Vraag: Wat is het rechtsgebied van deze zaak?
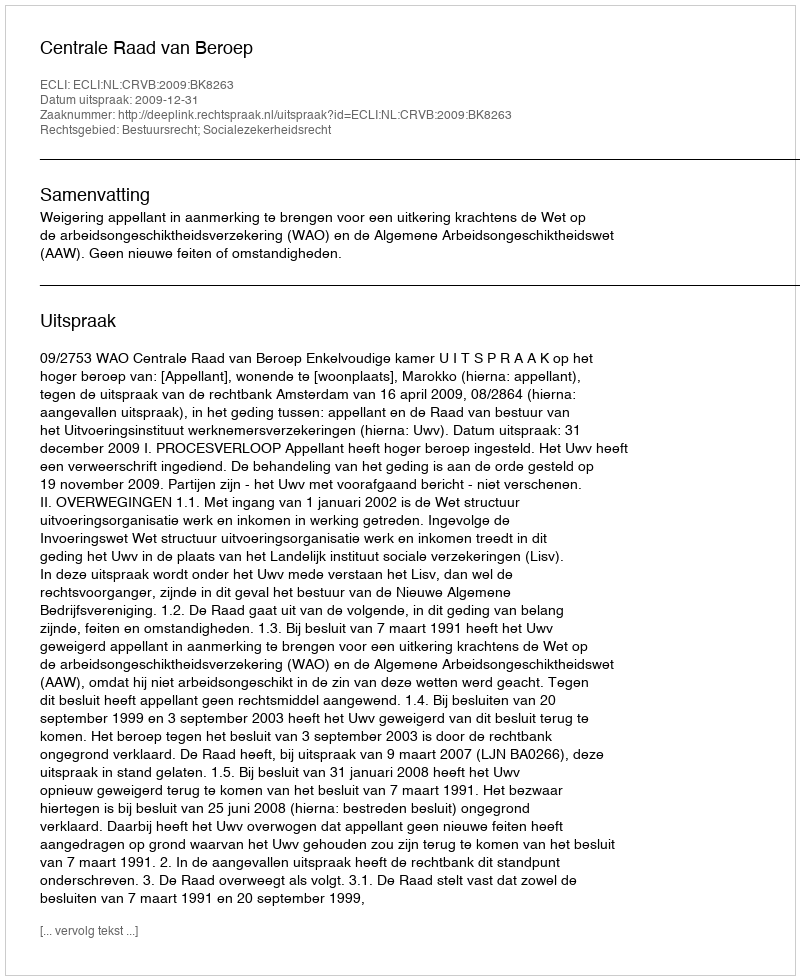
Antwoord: Bestuursrecht; Socialezekerheidsrecht